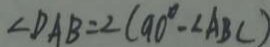
\angle D A B = 2 ( 9 0 ^ { \circ } - \angle A B C )